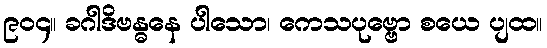
၉၀၄။ ခဂါဒိဗန္ဓနေ ပါသော၊ ကေသပုဗ္ဗော စယေ ပျထ။